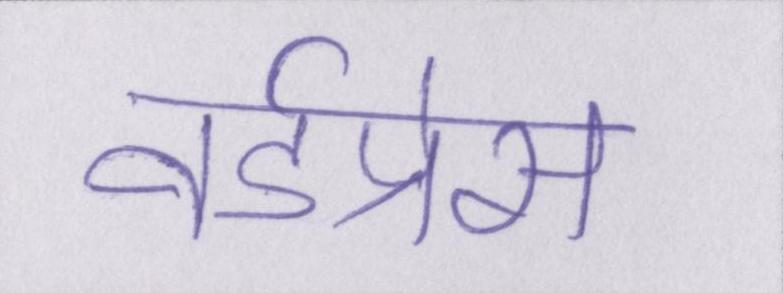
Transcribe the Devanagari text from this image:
वर्डप्रेस